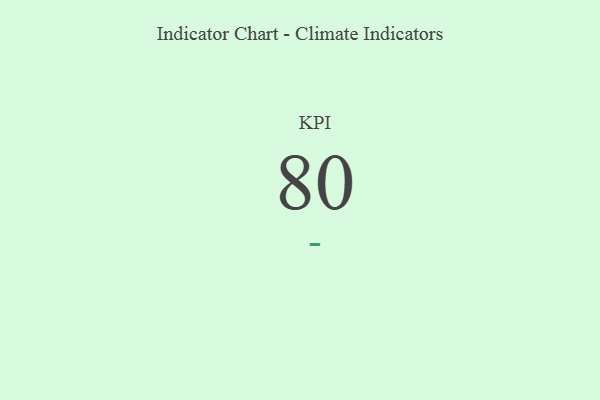
{"axis": {"x": "KPI", "y": "Value"}, "legend": [""], "data": [{"x": "KPI", "y": 80, "type": ""}]}